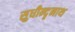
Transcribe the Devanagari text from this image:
सुधीन्दृनाथ